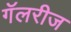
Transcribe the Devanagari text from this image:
गॅलरीज